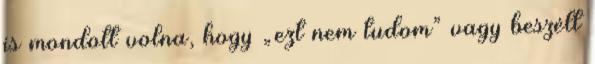
is mondott volna, hogy „ezt nem tudom” vagy beszélt